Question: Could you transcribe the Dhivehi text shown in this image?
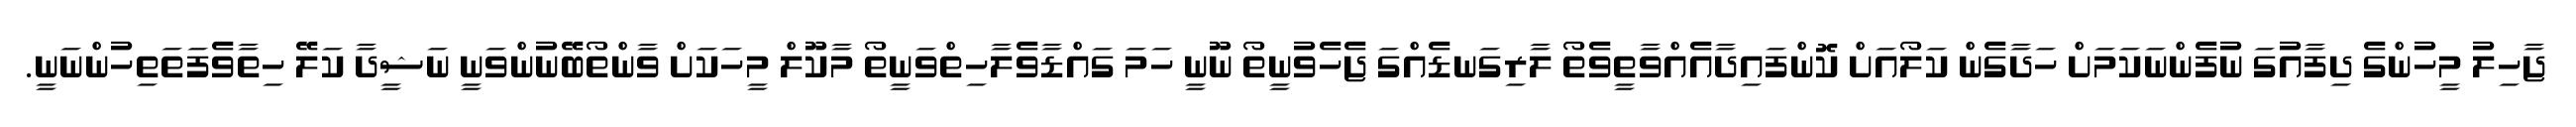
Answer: ޖާހިލު މީހުންގެ ދިފާއުގަ ނުފެންނަކަމަށް ހަދާގެން ކަލޯއަށް ކޮންފައިދާއެއްވާތީވެތޯ ލާރިގަނޑެއްގަ ޖެހެވުނީތޯ ނޫނީ ހަމަ ގައްޑާވެލާހިތްވަނީތޯ މާކޫލް މީހަކަށް ވާންތޯބޭނުންވަނީ ނަޝީދާ ކަލޭ ހިތާވެފަތަތިހުންނަނީ.